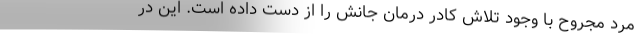
مرد مجروح با وجود تلاش کادر درمان جانش را از دست داده است. این در